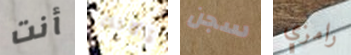
أنت ذكائك سجن رامزي